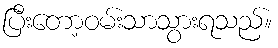
ပြီးတော့ဝမ်းသာသွားရသည်။